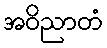
အဝိညာတံ